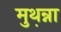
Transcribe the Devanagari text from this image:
मुथ़न्ना